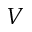
V